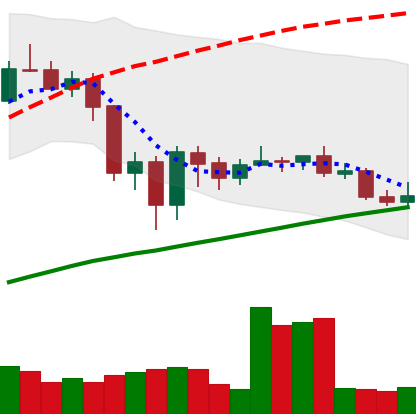
Ticker: LINK-USD
Chart end date: 2020-09-17
Forward return: -20.245%
Label: down_7plus